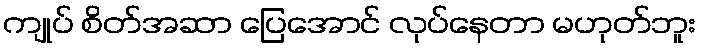
ကျုပ် စိတ်အဆာ ပြေအောင် လုပ်နေတာ မဟုတ်ဘူး